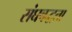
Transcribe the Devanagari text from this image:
संघबद्धता